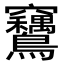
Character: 𫛙